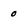
Character: 0